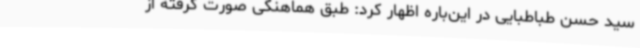
سید حسن طباطبایی در این‌باره اظهار کرد: طبق هماهنگی صورت گرفته از